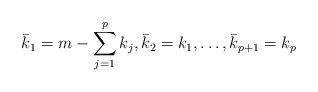
\begin{align*} \bar{k}_1 = m - \sum_{j=1}^p k_j, \bar{k}_2 = k_1, \ldots, \bar{k}_{p+1} = k_p\end{align*}